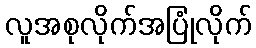
လူအစုလိုက်အပြုံလိုက်